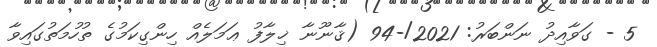
5 - ގަވާއިދު ނަންބަރު: 2021/-94 (ޤާނޫނާ ޚިލާފު ޢަމަލެއް ހިންގިކަމުގެ ތުހުމަތުގައިވާ